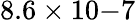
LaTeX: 8.6\times 10{-7}